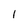
Character: I